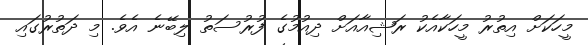
މީހަކަށް އިތުރު މީހަކާއެކު ރަޝިއާއަށް ދިއުމުގެ ފުރުސަތު ލިބޭނެ އެވެ. މި ދަތުރުގައި